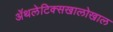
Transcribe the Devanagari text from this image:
ॲथलेटिक्सखालोखाल